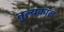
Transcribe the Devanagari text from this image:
तुल्यकाल